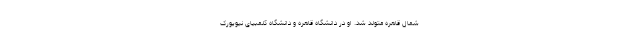
شمال قاهره متولد شد. او در دانشگاه قاهره و دانشگاه کلمبیای نیویورک